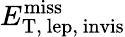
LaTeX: E_{\mathrm{T,~lep,~invis}}^{\mathrm{miss}}